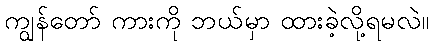
ကျွန်တော် ကားကို ဘယ်မှာ ထားခဲ့လို့ရမလဲ။